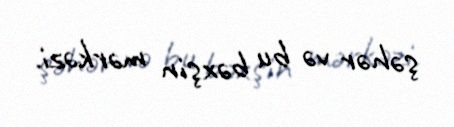
şəhər və bu bəxşin mərkəzi.